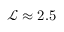
{ \mathscr { L } } \approx 2 . 5